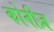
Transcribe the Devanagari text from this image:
कोनीज़